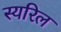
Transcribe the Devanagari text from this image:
स्यरिल